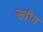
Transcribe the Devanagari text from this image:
स्‍थीत